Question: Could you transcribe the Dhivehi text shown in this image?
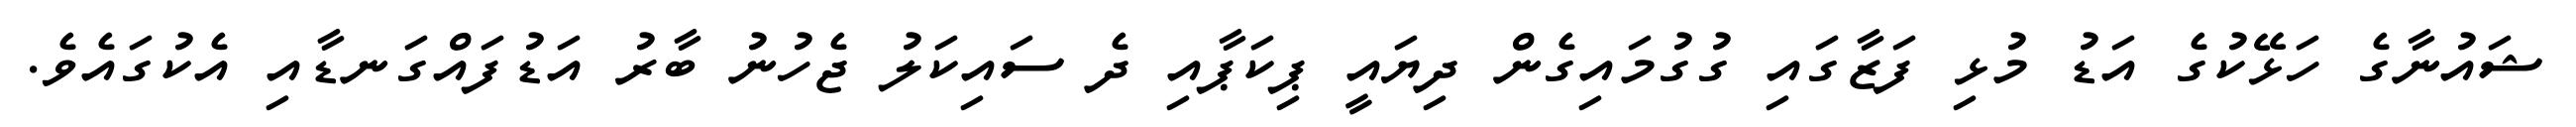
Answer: ޝައުނާގެ ހަޅޭކުގެ އަޑު މުޅި ފަޒާގައި ގުގުމައިގެން ދިޔައީ ޕިކަޕާއި ދެ ސައިކަލު ޖެހުނު ބާރު އަޑުފައްގަނޑާއި އެކުގައެވެ.